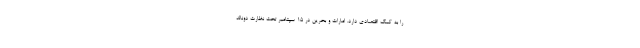
را به کمک اقتصادی دارد. امارات و بحرین در ۱۵ سپتامبر تحت نظارت دونالد